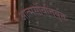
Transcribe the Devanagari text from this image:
आत्मसंवित्तियुक्त